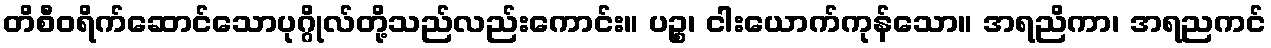
တိစီဝရိက်ဆောင်သောပုဂ္ဂိုလ်တို့သည်လည်းကောင်း။ ပဉ္စ၊ ငါးယောက်ကုန်သော။ အရညိကာ၊ အရညကင်